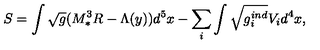
S = \int \sqrt { g } ( M _ { * } ^ { 3 } R - \Lambda ( y ) ) d ^ { 5 } x - \sum _ { i } \int \sqrt { g _ { i } ^ { i n d } } V _ { i } d ^ { 4 } x ,